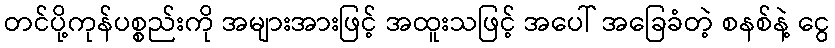
တင်ပို့ကုန်ပစ္စည်းကို အများအားဖြင့် အထူးသဖြင့် အပေါ် အခြေခံတဲ့ စနစ်နဲ့ ငွေ